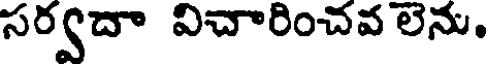
సర్వదా విచారించవ లెను.